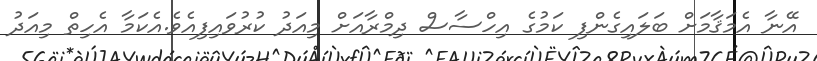
އޭނާ އެމަޤާމަށް ބަލައިގެންފި ކަމުގެ އިހްސާސް ދިމްރާއަށް މިއަދު ކުރުވައިފިއެވެ.އެކަމާ އެހިތް މިއަދު